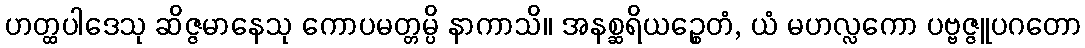
ဟတ္ထပါဒေသု ဆိဇ္ဇမာနေသု ကောပမတ္တမ္ပိ နာကာသိ။ အနစ္ဆရိယဉ္စေတံ, ယံ မဟလ္လကော ပဗ္ဗဇ္ဇူပဂတော